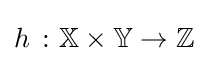
{\textstyle h\ \colon \mathbb {X} \times \mathbb {Y} \to \mathbb {Z} }